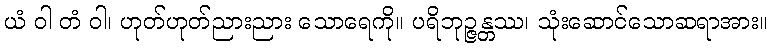
ယံ ဝါ တံ ဝါ၊ ဟုတ်ဟုတ်ညားညား သောရေကို။ ပရိဘုဉ္ဇန္တဿ၊ သုံးဆောင်သောဆရာအား။